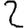
Digit: 2